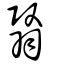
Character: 翳